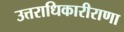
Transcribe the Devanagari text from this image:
उत्तराधिकारीराणा